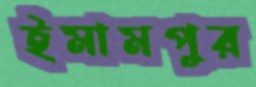
ইমামপুর